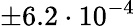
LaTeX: \pm 6.2\cdot 10^{-4}